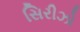
સિરીઝો